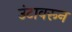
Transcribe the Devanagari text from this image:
उंटावरून